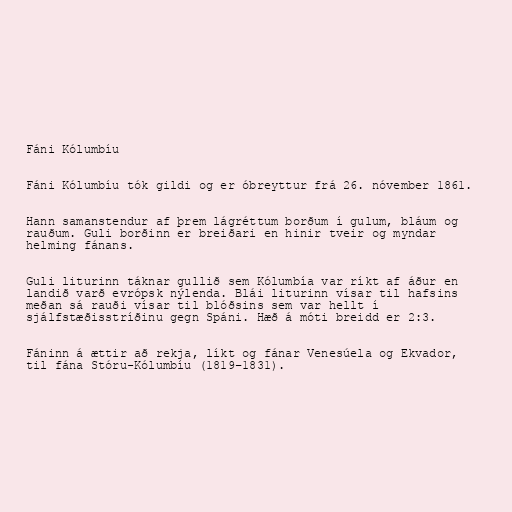
Fáni Kólumbíu

Fáni Kólumbíu tók gildi og er óbreyttur frá 26. nóvember 1861.

Hann samanstendur af þrem lágréttum borðum í gulum, bláum og
rauðum. Guli borðinn er breiðari en hinir tveir og myndar
helming fánans.

Guli liturinn táknar gullið sem Kólumbía var ríkt af áður en
landið varð evrópsk nýlenda. Blái liturinn vísar til hafsins
meðan sá rauði vísar til blóðsins sem var hellt í
sjálfstæðisstríðinu gegn Spáni. Hæð á móti breidd er 2:3.

Fáninn á ættir að rekja, líkt og fánar Venesúela og Ekvador,
til fána Stóru-Kólumbíu (1819–1831).